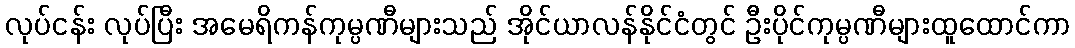
လုပ်ငန်း လုပ်ပြီး အမေရိကန်ကုမ္ပဏီများသည် အိုင်ယာလန်နိုင်ငံတွင် ဦးပိုင်ကုမ္ပဏီများထူထောင်ကာ